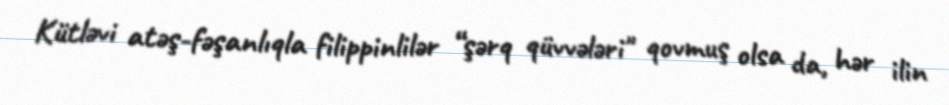
Kütləvi atəş-fəşanlıqla filippinlilər “şərq qüvvələri" qovmuş olsa da, hər ilin